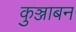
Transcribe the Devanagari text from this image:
कुञ्जाबन